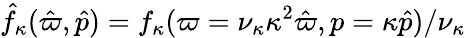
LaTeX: \hat{f}_{\kappa}(\hat{\varpi},\hat{p})={f}_{\kappa}(\varpi=\nu_{\kappa}\kappa^{2}\hat{\varpi},p=\kappa\hat{p})/\nu_{\kappa}